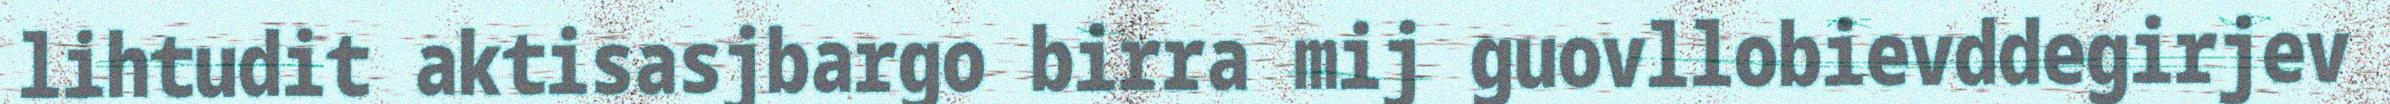
lihtudit aktisasjbargo birra mij guovllobievddegirjev